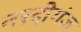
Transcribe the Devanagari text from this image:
नरदीगंज